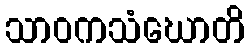
သာဝကသံဃောတိ